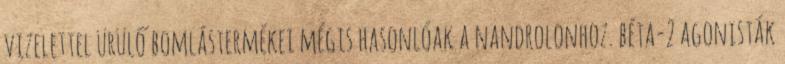
vizelettel ürülő bomlástermékei mégis hasonlóak a nandrolonhoz. béta-2 agonisták